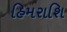
હિમરાશિ